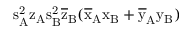
\mathrm { s _ { A } ^ { 2 } \mathrm { z _ { A } \mathrm { s _ { B } ^ { 2 } \mathrm { \overline { { z } } _ { B } ( \mathrm { \overline { { x } } _ { A } \mathrm { x _ { B } + \mathrm { \overline { { y } } _ { A } \mathrm { y _ { B } ) } } } } } } } }